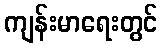
ကျန်းမာရေးတွင်